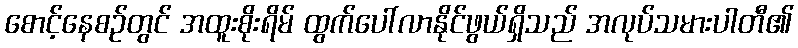
စောင့်နေစဉ်တွင် အထူးစိုးရိမ် ထွက်ပေါ်လာနိုင်ဖွယ်ရှိသည် အလုပ်သမားပါတီ၏